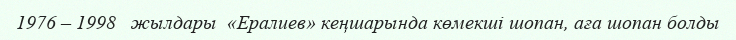
1976 – 1998   жылдары  «Ералиев» кеңшарында көмекші шопан, аға шопан болды